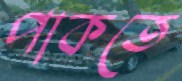
পাকতে